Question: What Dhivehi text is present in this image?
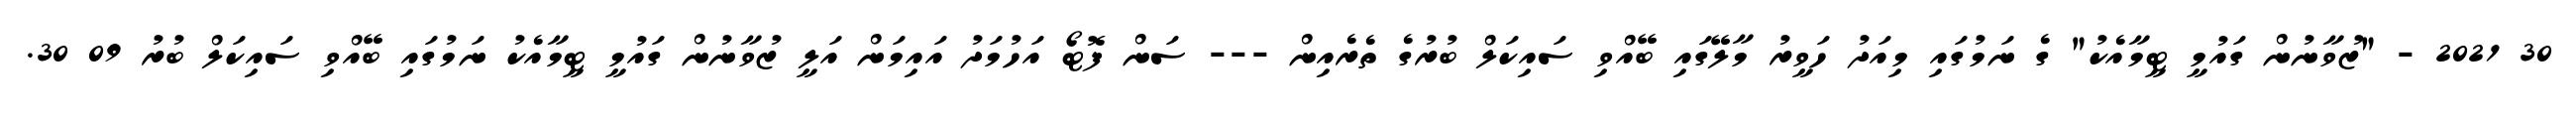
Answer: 30 2021 - "ޒުވާނުން ގައުމީ ޓީމާއެކު" ގެ ނަމުގައި މިއަދު ހަވީރު މާލޭގައި ބޭއްވި ސައިކަލް ބުރުގެ ތެރެއިން --- ސަން ފޮޓޯ އަހުމަދު އައިމަން އަލީ ޒުވާނުން ގައުމީ ޓީމާއެކު ނަމުގައި ބޭއްވި ސައިކަލް ބުރު 09 30.